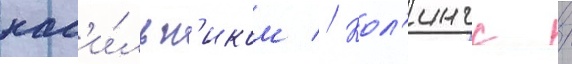
нас'и́льн'иком // Кол'ингс /